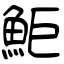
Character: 鮔